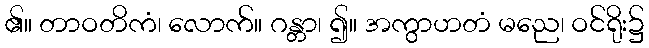
၏။ တာဝတိကံ၊ လောက်။ ဂန္တာ၊ ၍။ အကွာဟတံ မညေ၊ ဝင်ရိုး၌